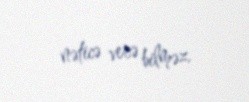
nəticə verə bilməz.